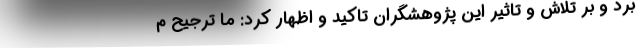
برد و بر تلاش و تاثیر این پژوهشگران تاکید و اظهار کرد: ما ترجیح م